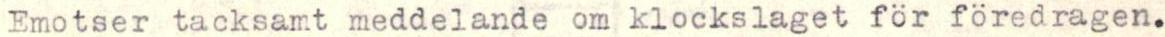
Emotser tacksamt meddelande om klockslaget för föredragen.